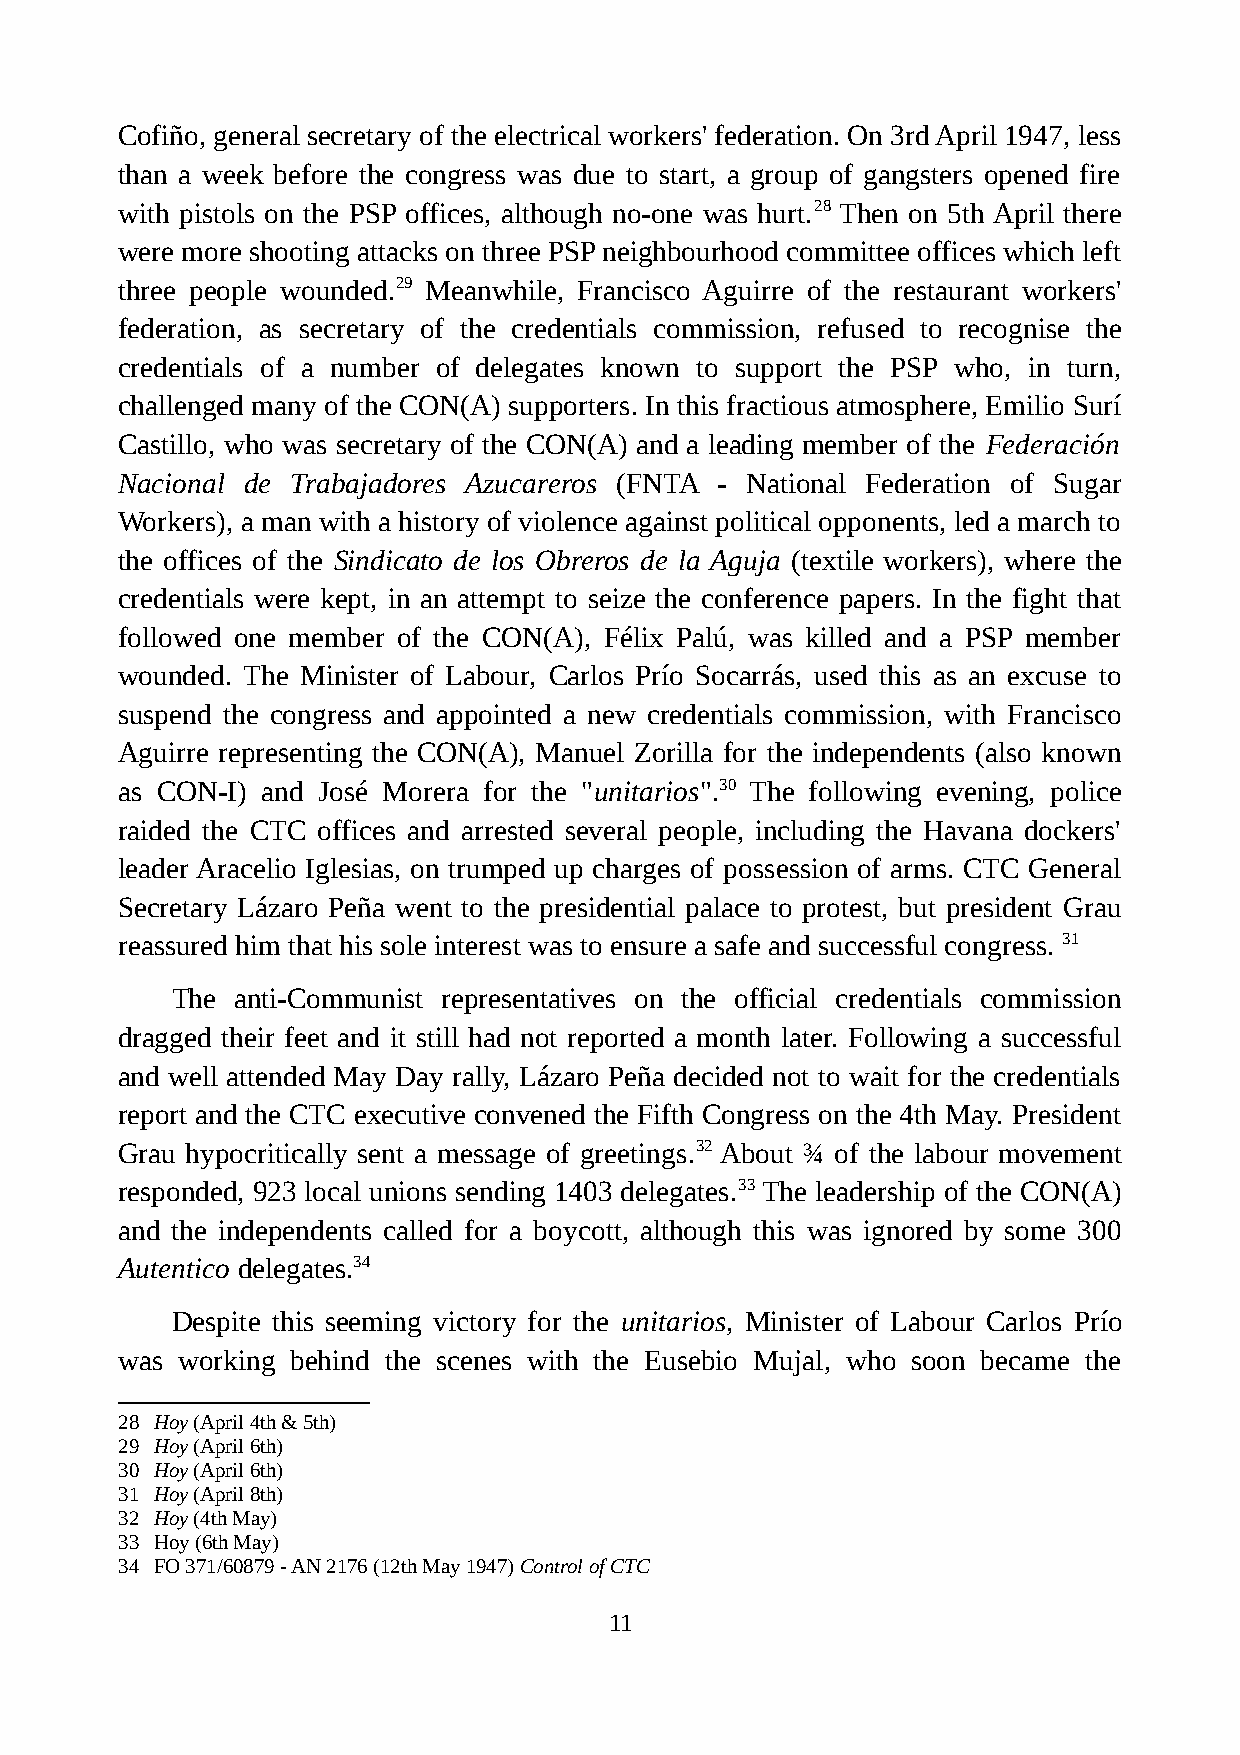
Cofiño, general secretary of the electrical workers' federation. On 3rd April 1947, less
 than a week before the congress was due to start, a group of gangsters opened fire
 with pistols on the PSP offices, although no-one was hurt.28 Then on 5th April there
 were more shooting attacks on three PSP neighbourhood committee offices which left
 three people wounded.29 Meanwhile, Francisco Aguirre of the restaurant workers'
 federation, as secretary of the credentials commission, refused to recognise the
 credentials of a number of delegates known to support the PSP who, in turn,
 challenged many of the CON(A) supporters. In this fractious atmosphere, Emilio Surí
 Castillo, who was secretary of the CON(A) and a leading member of the Federación
 Nacional de Trabajadores Azucareros (FNTA - National Federation of Sugar
 Workers), a man with a history of violence against political opponents, led a march to
 the offices of the Sindicato de los Obreros de la Aguja (textile workers), where the
 credentials were kept, in an attempt to seize the conference papers. In the fight that
 followed one member of the CON(A), Félix Palú, was killed and a PSP member
 wounded. The Minister of Labour, Carlos Prío Socarrás, used this as an excuse to
 suspend the congress and appointed a new credentials commission, with Francisco
 Aguirre representing the CON(A), Manuel Zorilla for the independents (also known
 as CON-I) and José Morera for the "unitarios".30 The following evening, police
 raided the CTC offices and arrested several people, including the Havana dockers'
 leader Aracelio Iglesias, on trumped up charges of possession of arms. CTC General
 Secretary Lázaro Peña went to the presidential palace to protest, but president Grau
 reassured him that his sole interest was to ensure a safe and successful congress. 31
 The  anti-Communist representatives on the official credentials commission
 dragged their feet and it still had not reported a month later. Following a successful
 and well attended May Day rally, Lázaro Peña decided not to wait for the credentials
 report and the CTC executive convened the Fifth Congress on the 4th May. President
 Grau hypocritically sent a message of greetings.32 About ¾ of the labour movement
 responded, 923 local unions sending 1403 delegates.33 The leadership of the CON(A)
 and the independents called for a boycott, although this was ignored by some 300
 Autentico delegates.34
 Despite this seeming victory for the unitarios, Minister of Labour Carlos Prío
 was working behind the scenes with the Eusebio Mujal, who soon became the
 28 Hoy (April 4th & 5th)
 29 Hoy (April 6th)
 30 Hoy (April 6th)
 31 Hoy (April 8th)
 32 Hoy (4th May)
 33 Hoy (6th May)
 34 FO 371/60879 - AN 2176 (12th May 1947) Control of CTC
 11